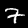
Digit: 7